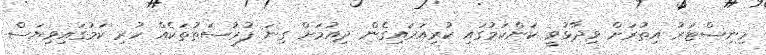
މިނިސްޓަރު އިތުރަށް ވިދާޅުވީ ކަންކަމުގައި ކުރިއަރައިގެން ދިއުމަށް ގިނަ ފުރުސަތުތަކެއް ހުރި ކަމުގައިވިޔަސް